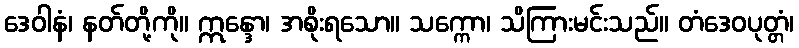
ဒေဝါနံ၊ နတ်တို့ကို။ ဣန္ဒော၊ အစိုးရသော။ သက္ကော၊ သိကြားမင်းသည်။ တံဒေဝပုတ္တံ၊